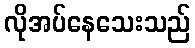
လိုအပ်နေသေးသည်